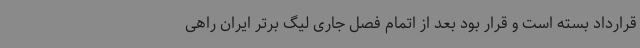
قرارداد بسته است و قرار بود بعد از اتمام فصل جاری لیگ برتر ایران راهی